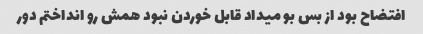
افتضاح بود از بس بو میداد قابل خوردن نبود همش رو انداختم دور